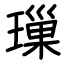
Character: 璅